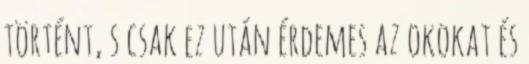
történt, s csak ez után érdemes az okokat és